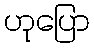
ဟုပြော